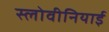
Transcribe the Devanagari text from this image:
स्लोवीनियाई